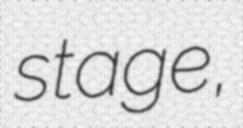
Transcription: stage,